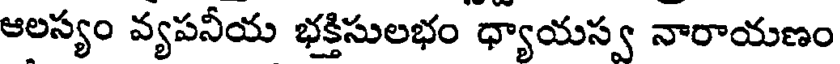
ఆలస్యం వ్యపనీయ భక్తిసులభం ధ్యాయస్వ నారాయణం